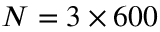
N = 3 \times 6 0 0